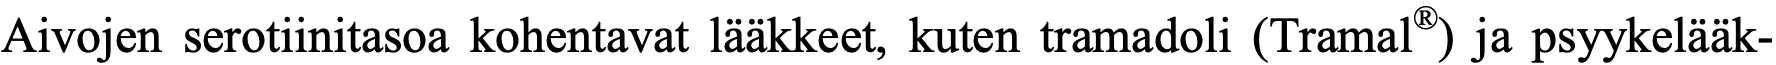
Aivojen serotiinitasoa kohentavat lääkkeet, kuten tramadoli (Tramal®) ja psyykelääk-